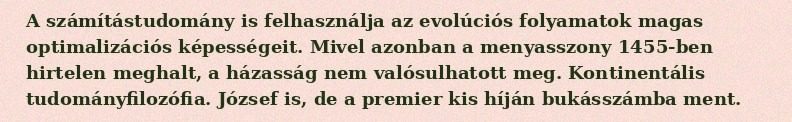
A számítástudomány is felhasználja az evolúciós folyamatok magas optimalizációs képességeit. Mivel azonban a menyasszony 1455-ben hirtelen meghalt, a házasság nem valósulhatott meg. Kontinentális tudományfilozófia. József is, de a premier kis híján bukásszámba ment.